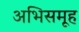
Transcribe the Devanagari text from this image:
अभिसमूह